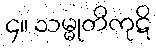
၄။ သမ္မုတိကုဋိ